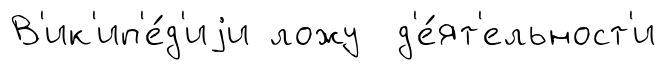
В'ик'ип'е́д'иjи ложу д'е́ят'ельност'и